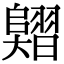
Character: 𦒣